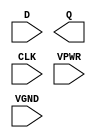
module sky130_fd_sc_hs__dfxtp (
    //# {{data|Data Signals}}
    input  D   ,
    output Q   ,

    //# {{clocks|Clocking}}
    input  CLK ,

    //# {{power|Power}}
    input  VPWR,
    input  VGND
);
endmodule